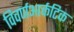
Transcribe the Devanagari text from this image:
विवर्णआर्कटिक